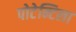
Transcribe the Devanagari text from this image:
पोटेन्टिला